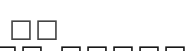
١٣